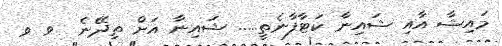
މައިޝާ އާއި ޝައިނާ ކަޓާފާނެތީ..... ޝައިނާ އަށް ތިދޭނެ  ވ ވ